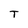
Character: T